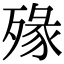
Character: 𣨶